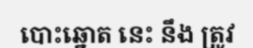
បោះឆ្នោត នេះ នឹង ត្រូវ